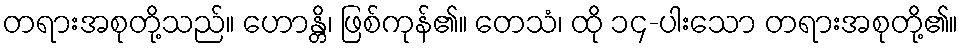
တရားအစုတို့သည်။ ဟောန္တိ၊ ဖြစ်ကုန်၏။ တေသံ၊ ထို ၁၄-ပါးသော တရားအစုတို့၏။